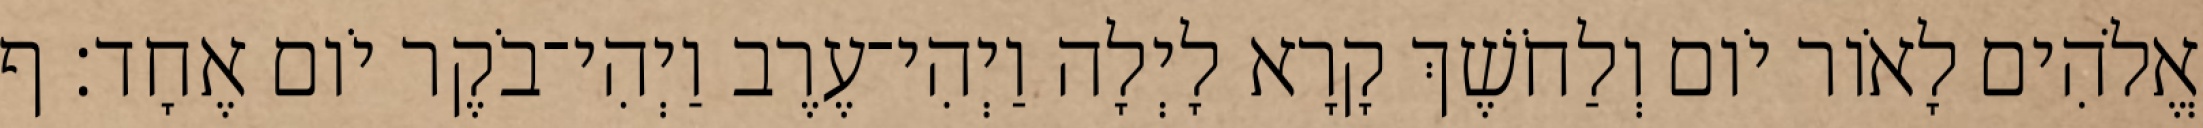
אֱלֹהִים לָאֹור יֹום וְלַחֹשֶׁךְ קָרָא לָיְלָה וַיְהִי־עֶרֶב וַיְהִי־בֹקֶר יֹום אֶחָד׃ ף